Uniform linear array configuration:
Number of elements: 24
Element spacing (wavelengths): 0.75
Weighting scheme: hann
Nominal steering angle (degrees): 60
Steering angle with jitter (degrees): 60.272
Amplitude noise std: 0.05
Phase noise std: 0.05

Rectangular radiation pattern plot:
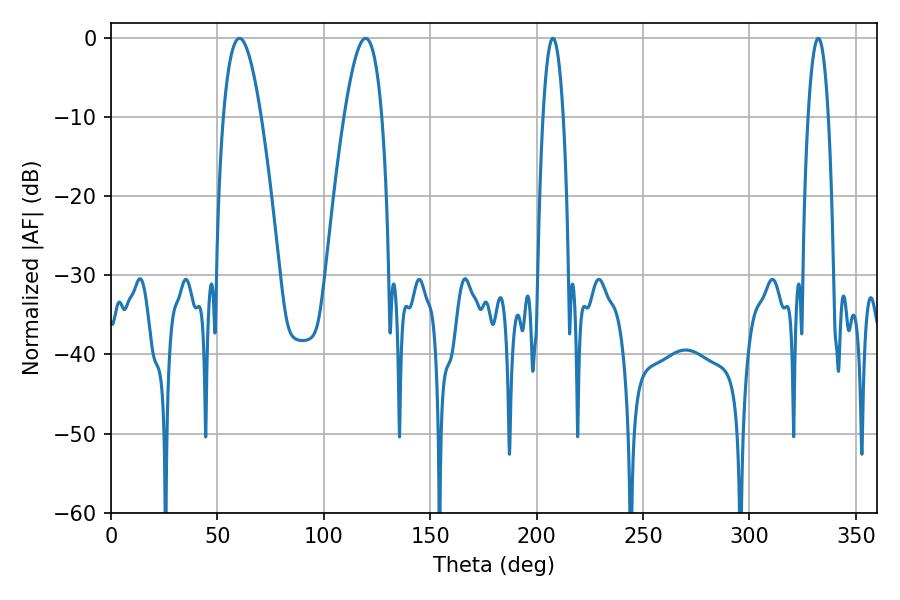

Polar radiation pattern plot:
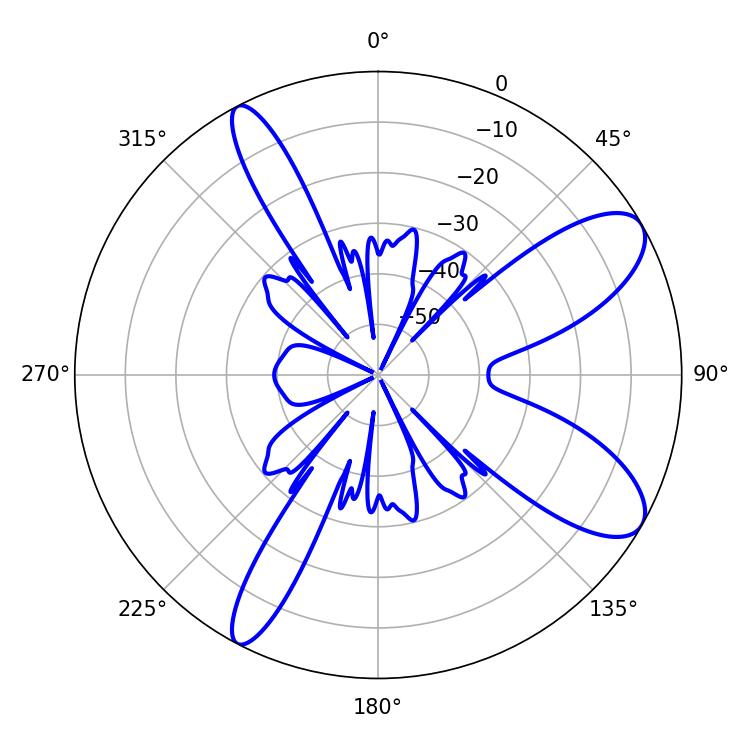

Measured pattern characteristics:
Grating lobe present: TRUE
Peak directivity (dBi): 9.446
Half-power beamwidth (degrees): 9.54
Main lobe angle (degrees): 60.3